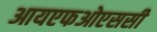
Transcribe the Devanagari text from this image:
आयएफओएससी